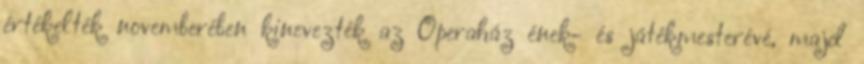
értékelték novemberében kinevezték az Operaház ének- és játékmesterévé, majd